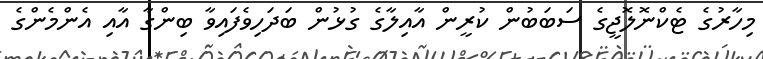
މިހާރުގެ ޓެކްނޮލޮޖީގެ ސަބަބުން ކުރީން އާއިލާގެ ގުޅުން ބަދަހިވެފައިވާ ބިންގާ އާއި އެންމެންގެ